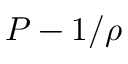
P - 1 / \rho